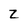
Character: z